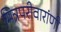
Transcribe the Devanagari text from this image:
मित्रपरीवारांणी